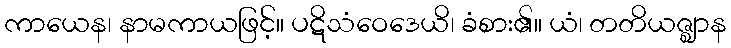
ကာယေန၊ နာမကာယဖြင့်။ ပဋိသံဝေဒေယိ၊ ခံစား၏။ ယံ၊ တတိယဇ္ဈာန